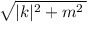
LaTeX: \sqrt { | k | ^ { 2 } + m ^ { 2 } \, }